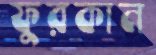
ফুরকান